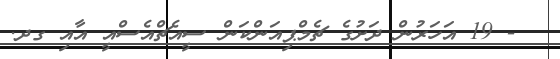
- 19 އަހަރުން ދަށުގެ ޗެމްޕިއަންކަން ސީއެޗްއެސްއީ އާއި ގދ.